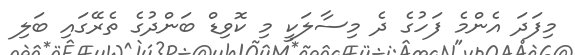
މިފަދަ އެންމެ ފަހުގެ ދެ މިސާލަކީ މި ކޮވިޑް ބަންދުގެ ތެރޭގައި ބަލި